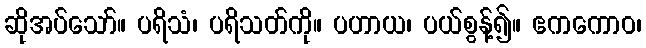
ဆိုအပ်သော်။ ပရိသံ၊ ပရိသတ်ကို။ ပဟာယ၊ ပယ်စွန့်၍။ ဧကကောဝ၊